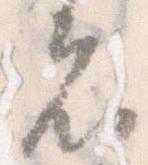
者